Report on vaccination in the Province of Bengal - 1874-1889
Year: 1874
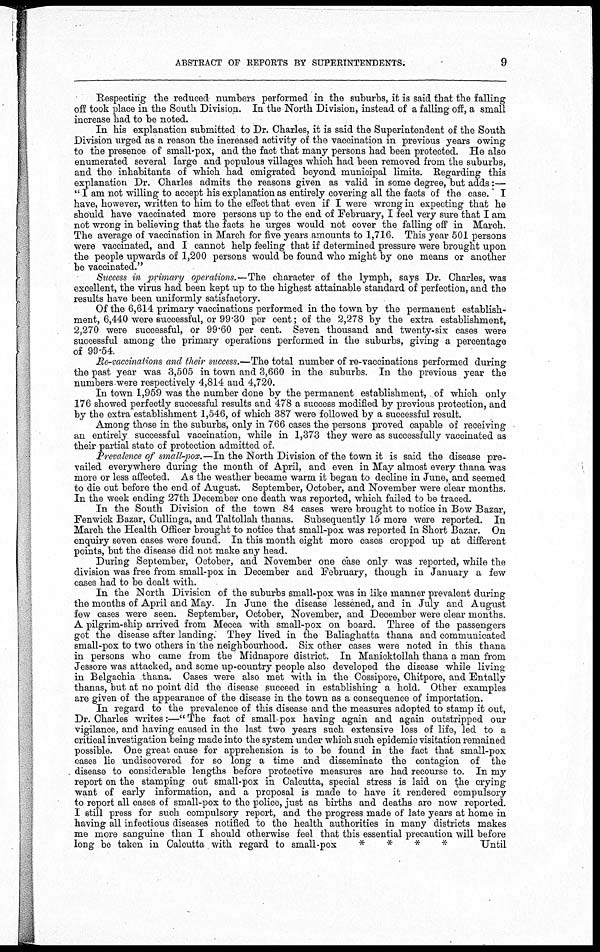
ABSTRACT OF REPORTS BY SUPERINTENDENTS.
9
Respecting the reduced numbers performed in the suburbs, it is said that the falling
off took place in the South Division. In the North Division, instead of a falling off, a small
increase had to be noted.
In his explanation submitted to Dr. Charles, it is said the Superintendent of the South
Division urged as a reason the increased activity of the vaccination in previous years owing
to the presence of small-pox, and the fact that many persons had been protected. He also
enumerated several large and populous villages which had been removed from the suburbs,
and the inhabitants of which had emigrated beyond municipal limits. Regarding this
explanation Dr. Charles admits the reasons given as valid in some degree, but adds:—
" I am not willing to accept his explanation as entirely covering all the facts of the case. I
have, however, written to him to the effect that even if I were wrong in expecting that he
should have vaccinated more persons up to the end of February, I feel very sure that I am
not wrong in believing that the facts he urges would not cover the falling off in March.
The average of vaccination in March for five years amounts to 1,716. This year 501 persons
were vaccinated, and I cannot help feeling that if determined pressure were brought upon
the people upwards of 1,200 persons would be found who might by one means or another
be vaccinated."
Success in primary operations.—The character of the lymph, says Dr. Charles, was
excellent, the virus had been kept up to the highest attainable standard of perfection, and the
results have been uniformly satisfactory.
Of the 6,614 primary vaccinations performed in the town by the permanent establish-
ment, 6,440 were successful, or 99.30 per cent; of the 2,278 by the extra establishment,
2,270 were successful, or 99.60 per cent. Seven thousand and twenty-six cases were
successful among the primary operations performed in the suburbs, giving a percentage
of 99.54.
Re-vaccinations and their success.—The total number of re-vaccinations performed during
the past year was 3,505 in town and 3,660 in the suburbs. In the previous year the
numbers were respectively 4,814 and 4,720.
In town 1,959 was the number done by the permanent establishment, of which only
176 showed perfectly successful results and 478 a success modified by previous protection, and
by the extra establishment 1,546, of which 387 were followed by a successful result.
Among those in the suburbs, only in 766 cases the persons proved capable of receiving
an entirely successful vaccination, while in 1,373 they were as successfully vaccinated as
their partial state of protection admitted of.
Prevalence of small-pox.—In the North Division of the town it is said the disease pre-
vailed everywhere during the month of April, and even in May almost every thana was
more or less affected. As the weather became warm it began to decline in June, and seemed
to die out before the end of August. September, October, and November were clear months.
In the week ending 27th December one death was reported, which failed to be traced.
In the South Division of the town 84 cases were brought to notice in Bow Bazar,
Fenwick Bazar, Cullinga, and Taltollah thanas. Subsequently 15 more were reported. In
March the Health Officer brought to notice that small-pox was reported in Short Bazar. On
enquiry seven cases were found. In this month eight more cases cropped up at different
points, but the disease did not make any head.
During September, October, and November one case only was reported, while the
division was free from small-pox in December and February, though in January a few
cases had to be dealt with.
In the North Division of the suburbs small-pox was in like manner prevalent during
the months of April and May. In June the disease lessened, and in July and August
few cases were seen. September, October, November, and December were clear months.
A pilgrim-ship arrived from Mecca with small-pox on board. Three of the passengers
got the disease after landing. They lived in the Baliaghatta thana and communicated
small-pox to two others in the neighbourhood. Six other cases were noted in this thana
in persons who came from the Midnapore district. In Manicktollah thana a man from
Jessore was attacked, and some up-country people also developed the disease while living
in Belgachia thana. Cases were also met with in the Cossipore, Chitpore, and Entally
thanas, but at no point did the disease succeed in establishing a hold. Other examples
are given of the appearance of the disease in the town as a consequence of importation.
In regard to the prevalence of this disease and the measures adopted to stamp it out,
Dr. Charles writes:—"The fact of small-pox having again and again outstripped our
vigilance, and having caused in the last two years such extensive loss of life, led to a
critical investigation being made into the system under which such epidemic visitation remained
possible. One great cause for apprehension is to be found in the fact that small-pox
cases lie undiscovered for so long a time and disseminate the contagion of the
disease to considerable lengths before protective measures are had recourse to. In my
report on the stamping out small-pox in Calcutta, special stress is laid on the crying
want of early information, and a proposal is made to have it rendered compulsory
to report all cases of small-pox to the police, just as births and deaths are now reported.
I still press for such compulsory report, and the progress made of late years at home in
having all infectious diseases notified to the health authorities in many districts makes
me more sanguine than I should otherwise feel that this essential precaution will before
long be taken in Calcutta with regard to small-pox
*
*
*
*
Until